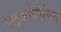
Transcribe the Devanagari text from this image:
लाइकोपोलिस